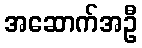
အဆောက်အဦ